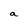
Character: a